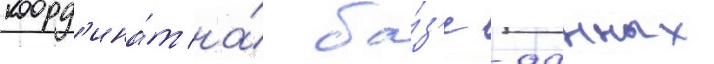
коорд'ина́т на́ ба́з'е -данных